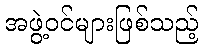
အဖွဲ့ဝင်များဖြစ်သည့်